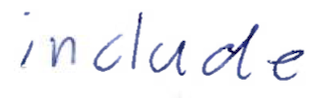
Text: include
Cross-out: clean
Writing tool: ballpoint